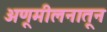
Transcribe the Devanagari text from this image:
अणूमीलनातून